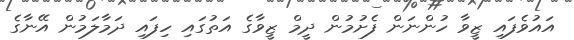
އައުވެފައި ޒީވާ ހުންނަން ފެށުމުން ދީމް ޒީވާގެ އަތުގައި ހިފައި ދަމާލަމުން އޭނާގެ